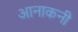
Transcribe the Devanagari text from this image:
आनाकनी